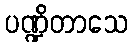
ပဏ္ဍိတာသေ